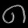
Digit: ၈